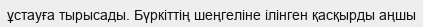
ұстауға тырысады. Бүркіттің шеңгеліне ілінген қасқырды аңшы